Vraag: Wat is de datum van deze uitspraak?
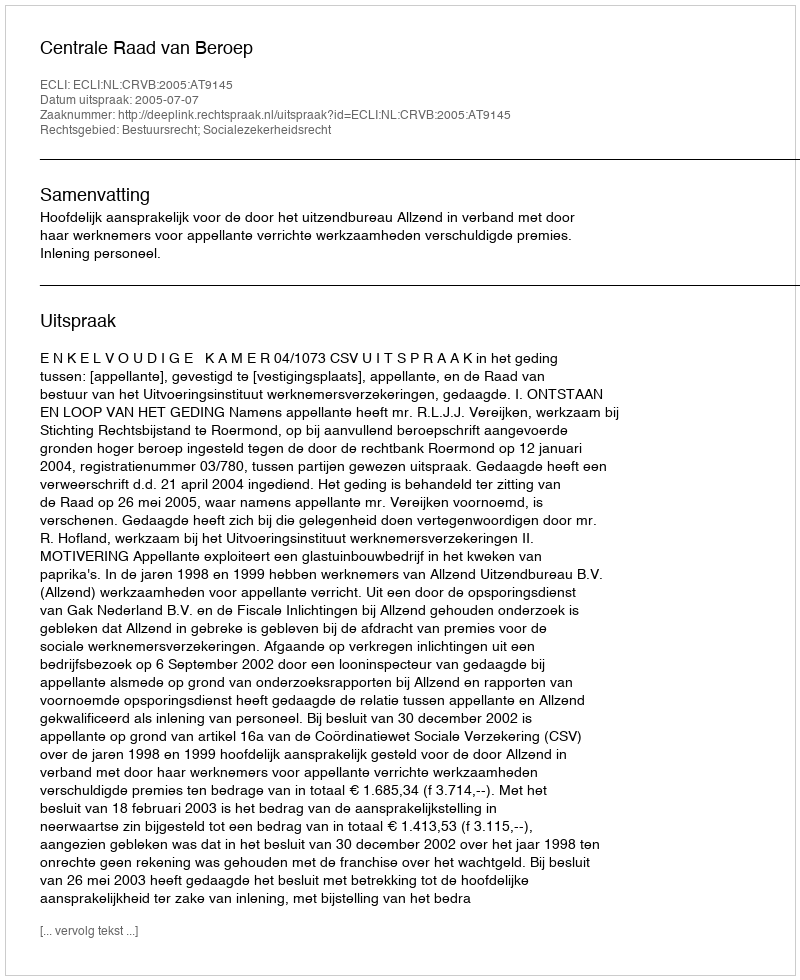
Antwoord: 2005-07-07